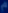
Transcribe